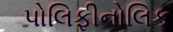
પોલિફીનોલિક